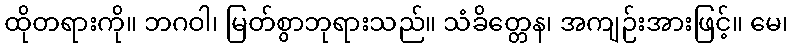
ထိုတရားကို။ ဘဂဝါ၊ မြတ်စွာဘုရားသည်။ သံခိတ္တေန၊ အကျဉ်းအားဖြင့်။ မေ၊